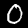
Label: 0